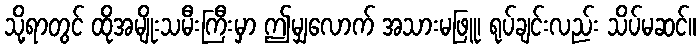
သို့ရာတွင် ထိုအမျိုးသမီးကြီးမှာ ဤမျှလောက် အသားမဖြူ၊ ရုပ်ချင်းလည်း သိပ်မဆင်။